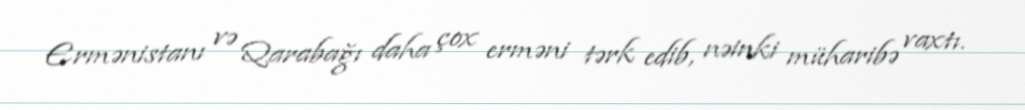
Ermənistanı və Qarabağı daha çox erməni tərk edib, nəinki müharibə vaxtı.